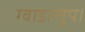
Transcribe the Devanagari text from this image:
ग्वाडालूप।